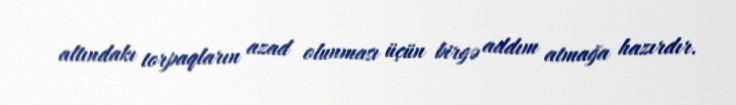
altındakı torpaqların azad olunması üçün birgə addım atmağa hazırdır.